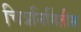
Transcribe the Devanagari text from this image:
चित्रनिर्मितीस